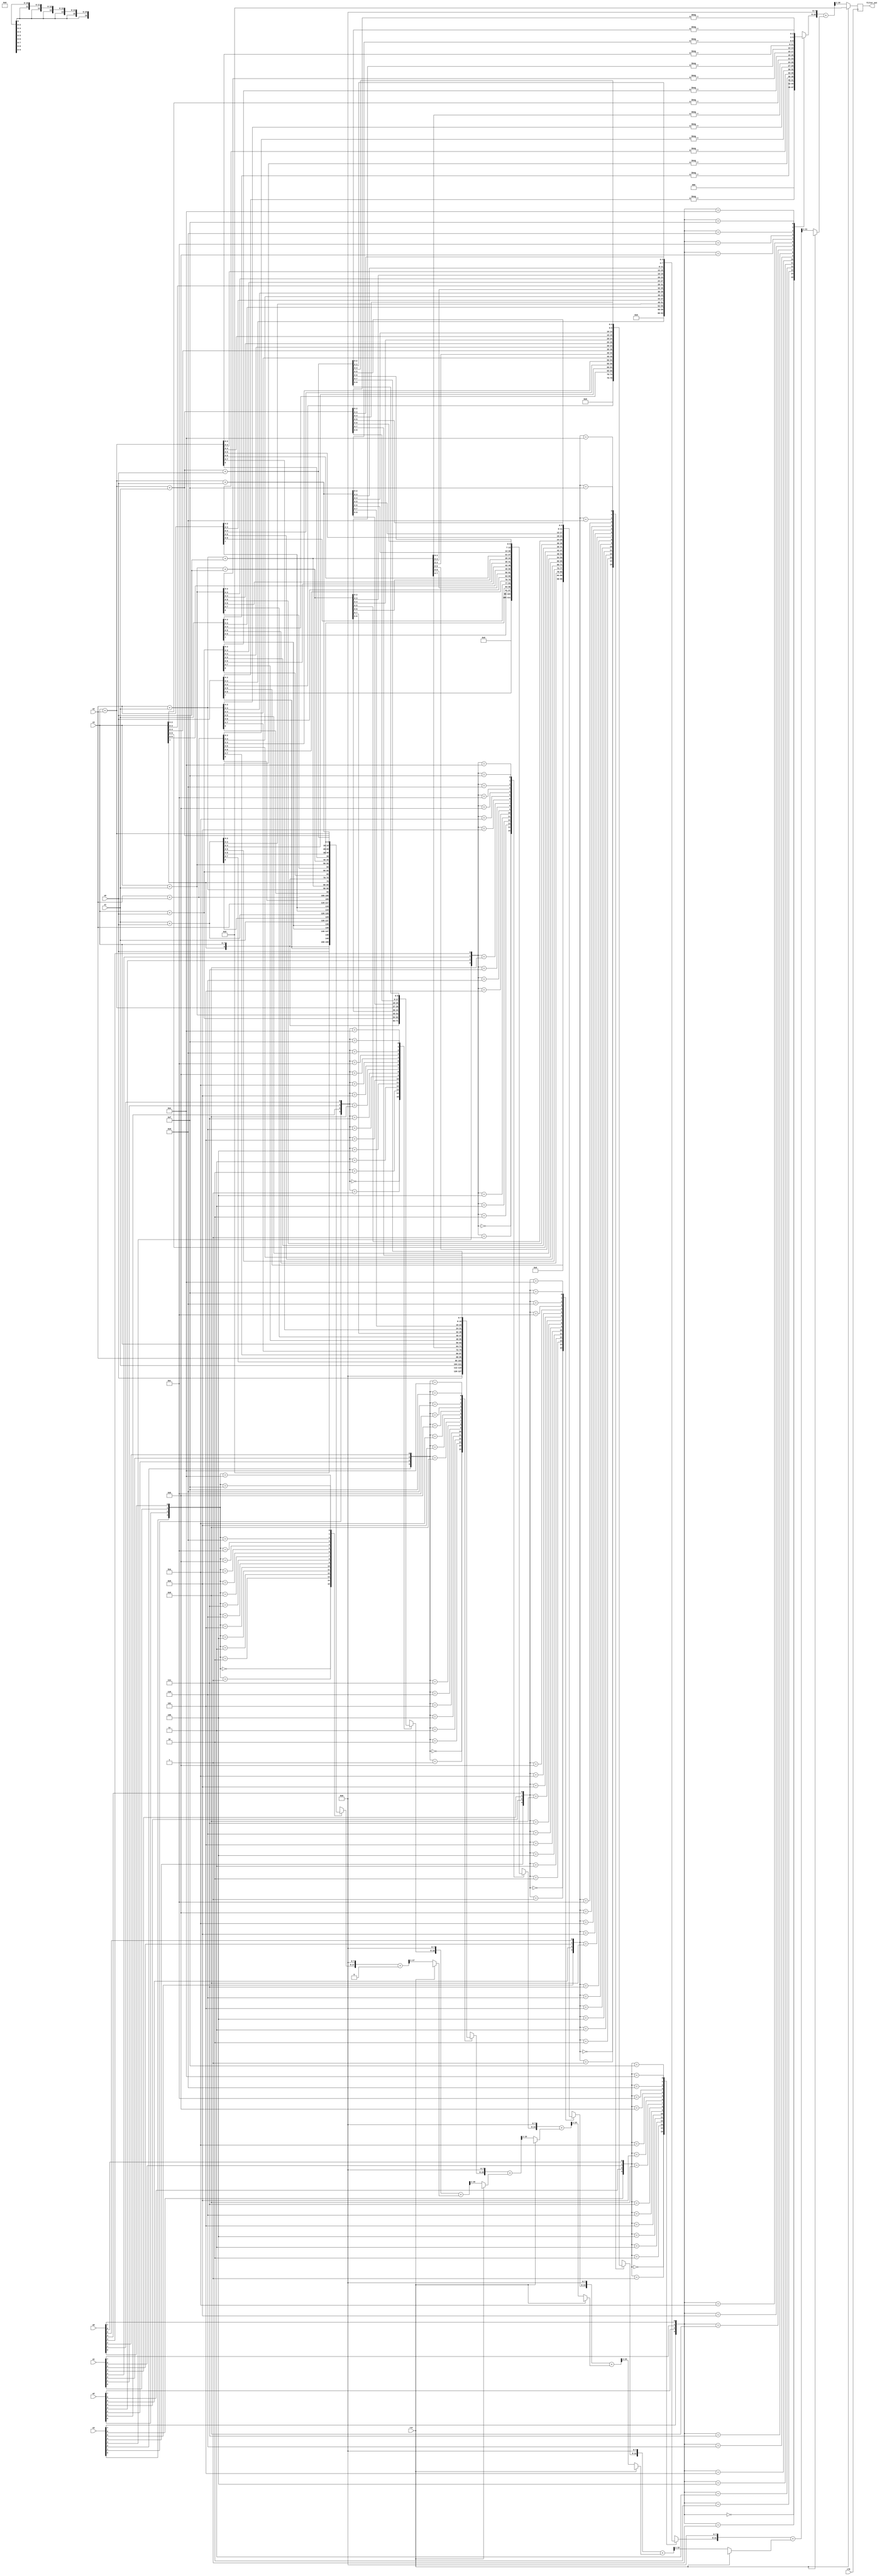
module da8 (clk,rst,x0,x1,x2,x3,w0,w1,w2,w3,filter_out);
	input clk,rst;
	
	
    wire [79:0]yy;   
    reg signed [18:0] y_out;  // filter output 
    input signed [7:0] x0,x1,x2,x3;   //
	input [7:0] w0,w1,w2,w3;
	integer i;
	output signed [9:0] filter_out;
	
	
     
    
	 
	 ////////////////////////////////////////
	 /////assigning address - ROM contents///
	 ////////////////////////////////////////
	 
	 wire	[3:0]	lut_addr0_0  = {w3[0],w2[0], w1[0], w0[0]};
     wire	[3:0]	lut_addr1_0  = {w3[1],w2[1], w1[1], w0[1]};
     wire	[3:0]	lut_addr2_0  = {w3[2],w2[2], w1[2], w0[2]};
     wire	[3:0]	lut_addr3_0  = {w3[3],w2[3], w1[3], w0[3]};
     wire	[3:0]	lut_addr4_0  = {w3[4],w2[4], w1[4], w0[4]};
     wire	[3:0]	lut_addr5_0  = {w3[5],w2[5], w1[5], w0[5]};
     wire	[3:0]	lut_addr6_0  = {w3[6],w2[6], w1[6], w0[6]};
     wire	[3:0]	lut_addr7_0  = {w3[7],w2[7], w1[7], w0[7]};
     
     
   
     
     
      reg signed   [9:0]	lut0_out;
      reg signed	 [9:0]	lut1_out;
      reg signed	 [9:0]	lut2_out;
      reg signed	 [9:0]	lut3_out;
      reg signed   [9:0]	lut4_out;
      reg signed	 [9:0]	lut5_out;
      reg signed	 [9:0]	lut6_out;
      reg signed	 [9:0]	lut7_out;
     
     
     
     
     
	 
	////////////////////////////////////////
	//// accessing LUT/ROM contents/////////
    ////////////////////////////////////////

always @(lut_addr0_0)
begin
	case(lut_addr0_0)
	4'b0000:	lut0_out = 0;
	4'b0001:	lut0_out = x0;	
	4'b0010:	lut0_out = x1;
	4'b0011:	lut0_out = x1+x0;
	4'b0100:	lut0_out = x2;
	4'b0101:	lut0_out = x2+x0;
	4'b0110:	lut0_out = x2+x1;
	4'b0111:	lut0_out = x2+x1+x0;
	4'b1000:	lut0_out = x3;
	4'b1001:	lut0_out = x3+x0;
	4'b1010:	lut0_out = x3+x1;
	4'b1011:	lut0_out = x3+x1+x0;
	4'b1100:	lut0_out = x3+x2;
	4'b1101:	lut0_out = x3+x2+x0;
	4'b1110:	lut0_out = x3+x2+x1;
	4'b1111:	lut0_out = x3+x2+x1+x0;
	default:lut0_out = 0;
	endcase
end


always @(lut_addr1_0)
begin
	case(lut_addr1_0)
	4'b0000:	lut1_out = 0;
	4'b0001:	lut1_out = x0;	
	4'b0010:	lut1_out = x1;
	4'b0011:	lut1_out = x1+x0;
	4'b0100:	lut1_out = x2;
	4'b0101:	lut1_out = x2+x0;
	4'b0110:	lut1_out = x2+x1;
	4'b0111:	lut1_out = x2+x1+x0;
	4'b1000:	lut1_out = x3;
	4'b1001:	lut1_out = x3+x0;
	4'b1010:	lut1_out = x3+x1;
	4'b1011:	lut1_out = x3+x1+x0;
	4'b1100:	lut1_out = x3+x2;
	4'b1101:	lut1_out = x3+x2+x0;
	4'b1110:	lut1_out = x3+x2+x1;
	4'b1111:	lut1_out = x3+x2+x1+x0;
	default:lut1_out = 0;
	endcase
end	 
	 
	 
	 
always @(lut_addr2_0)
begin
	case(lut_addr2_0)
	4'b0000:	lut2_out = 0;
	4'b0001:	lut2_out = x0;	
	4'b0010:	lut2_out = x1;
	4'b0011:	lut2_out = x1+x0;
	4'b0100:	lut2_out = x2;
	4'b0101:	lut2_out = x2+x0;
	4'b0110:	lut2_out = x2+x1;
	4'b0111:	lut2_out = x2+x1+x0;
	4'b1000:	lut2_out = x3;
	4'b1001:	lut2_out = x3+x0;
	4'b1010:	lut2_out = x3+x1;
	4'b1011:	lut2_out = x3+x1+x0;
	4'b1100:	lut2_out = x3+x2;
	4'b1101:	lut2_out = x3+x2+x0;
	4'b1110:	lut2_out = x3+x2+x1;
	4'b1111:	lut2_out = x3+x2+x1+x0;
	default:lut2_out = 0;
	endcase
end	 
	 
	 
always @(lut_addr3_0)
begin
	case(lut_addr3_0)
	4'b0000:	lut3_out = 0;
	4'b0001:	lut3_out = x0;	
	4'b0010:	lut3_out = x1;
	4'b0011:	lut3_out = x1+x0;
	4'b0100:	lut3_out = x2;
	4'b0101:	lut3_out = x2+x0;
	4'b0110:	lut3_out = x2+x1;
	4'b0111:	lut3_out = x2+x1+x0;
	4'b1000:	lut3_out = x3;
	4'b1001:	lut3_out = x3+x0;
	4'b1010:	lut3_out = x3+x1;
	4'b1011:	lut3_out = x3+x1+x0;
	4'b1100:	lut3_out = x3+x2;
	4'b1101:	lut3_out = x3+x2+x0;
	4'b1110:	lut3_out = x3+x2+x1;
	4'b1111:	lut3_out = x3+x2+x1+x0;
	default:lut3_out = 0;
	endcase
end


always @(lut_addr4_0)
begin
	case(lut_addr4_0)
	4'b0000:	lut4_out = 0;
	4'b0001:	lut4_out = x0;	
	4'b0010:	lut4_out = x1;
	4'b0011:	lut4_out = x1+x0;
	4'b0100:	lut4_out = x2;
	4'b0101:	lut4_out = x2+x0;
	4'b0110:	lut4_out = x2+x1;
	4'b0111:	lut4_out = x2+x1+x0;
	4'b1000:	lut4_out = x3;
	4'b1001:	lut4_out = x3+x0;
	4'b1010:	lut4_out = x3+x1;
	4'b1011:	lut4_out = x3+x1+x0;
	4'b1100:	lut4_out = x3+x2;
	4'b1101:	lut4_out = x3+x2+x0;
	4'b1110:	lut4_out = x3+x2+x1;
	4'b1111:	lut4_out = x3+x2+x1+x0;
	default:lut4_out = 0;
	endcase
end



always @(lut_addr5_0)
begin
	case(lut_addr5_0)
	4'b0000:	lut5_out = 0;
	4'b0001:	lut5_out = x0;	
	4'b0010:	lut5_out = x1;
	4'b0011:	lut5_out = x1+x0;
	4'b0100:	lut5_out = x2;
	4'b0101:	lut5_out = x2+x0;
	4'b0110:	lut5_out = x2+x1;
	4'b0111:	lut5_out = x2+x1+x0;
	4'b1000:	lut5_out = x3;
	4'b1001:	lut5_out = x3+x0;
	4'b1010:	lut5_out = x3+x1;
	4'b1011:	lut5_out = x3+x1+x0;
	4'b1100:	lut5_out = x3+x2;
	4'b1101:	lut5_out = x3+x2+x0;
	4'b1110:	lut5_out = x3+x2+x1;
	4'b1111:	lut5_out = x3+x2+x1+x0;
	default:lut5_out = 0;
	endcase
end



always @(lut_addr6_0)
begin
	case(lut_addr6_0)
	4'b0000:	lut6_out = 0;
	4'b0001:	lut6_out = x0;	
	4'b0010:	lut6_out = x1;
	4'b0011:	lut6_out = x1+x0;
	4'b0100:	lut6_out = x2;
	4'b0101:	lut6_out = x2+x0;
	4'b0110:	lut6_out = x2+x1;
	4'b0111:	lut6_out = x2+x1+x0;
	4'b1000:	lut6_out = x3;
	4'b1001:	lut6_out = x3+x0;
	4'b1010:	lut6_out = x3+x1;
	4'b1011:	lut6_out = x3+x1+x0;
	4'b1100:	lut6_out = x3+x2;
	4'b1101:	lut6_out = x3+x2+x0;
	4'b1110:	lut6_out = x3+x2+x1;
	4'b1111:	lut6_out = x3+x2+x1+x0;
	default:lut6_out = 0;
	endcase
end


	 
	 
always @(lut_addr7_0)    // msb bit 
begin
	case(lut_addr7_0)
	4'b0000:	lut7_out = 0;
	4'b0001:	lut7_out = -x0;	
	4'b0010:	lut7_out = -x1;
	4'b0011:	lut7_out = -(x1+x0);
	4'b0100:	lut7_out = -x2;
	4'b0101:	lut7_out = -(x2+x0);
	4'b0110:	lut7_out = -(x2+x1);
	4'b0111:	lut7_out = -(x2+x1+x0);
	4'b1000:	lut7_out = -x3;
	4'b1001:	lut7_out = -(x3+x0);
	4'b1010:	lut7_out = -(x3+x1);
	4'b1011:	lut7_out = -(x3+x1+x0);
	4'b1100:	lut7_out = -(x3+x2);
	4'b1101:	lut7_out = -(x3+x2+x0);
	4'b1110:	lut7_out = -(x3+x2+x1);
	4'b1111:	lut7_out = -(x3+x2+x1+x0);
	default: lut7_out = 0;
	endcase
end	 
	 
//////////////////////////////////////
//// ROM outputs as single vector ////
//////////////////////////////////////

	 assign yy = {lut7_out,lut6_out,lut5_out,lut4_out,lut3_out,lut2_out,lut1_out,lut0_out};

///////////////////////////////////
/// shift accumulation process/////
///////////////////////////////////	 
	 always @ (posedge clk)
	 begin
	      if(rst)
	       y_out <= 0;
	      else
	        begin  
	          y_out = 0;
              for(i=10;i<81;i=i+10)
                 begin
                   case(i) 
	                  10: begin
	                       y_out = (({yy[10-1:10-10],8'b0})+y_out) ;
	                       y_out = y_out >>> 1;
	                     end  
	                  
	                  20: begin
	                       y_out = (({yy[20-1:20-10],8'b0000000000})+y_out) ;
	                       y_out = y_out >>> 1;
	                      end  
	                  
	                  30: begin
	                        y_out = (({yy[30-1:30-10],8'b0000000000})+y_out) ;
	                        y_out = y_out >>> 1;
	                      end  
	                  
	                  40: begin
	                        y_out = (({yy[40-1:40-10],8'b0000000000})+y_out) ;
	                        y_out = y_out >>> 1;
	                      end  
	                  50: begin
	                       y_out = (({yy[50-1:50-10],8'b0000000000})+y_out) ;
	                       y_out = y_out >>> 1;
	                     end  
	                  
	                  60: begin
	                       y_out = (({yy[60-1:60-10],8'b0000000000})+y_out) ;
	                       y_out = y_out >>> 1;
	                      end  
	                  
	                  70: begin
	                        y_out = (({yy[70-1:70-10],8'b0000000000})+y_out) ;
	                        y_out = y_out >>> 1;
	                      end  
	                  
	                  80: begin
	                        y_out = (({yy[80-1:80-10],8'b0000000000})+y_out) ;
	                        y_out = y_out >>> 1;
	                      end
	                  default: y_out<= 0;
	               endcase
	             end
	        end
	  end     
/////////////////////////////////////////
////
////////////////////////////////////////	
//wire signed [8:0]
assign filter_out = y_out[9:0];


endmodule